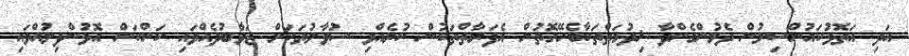
އަދި އަތޮޅުކައުންސިލުން ދެމުންގެންދާ ޚިދުމަތްތަކާބެހޭގޮތުން އެފަރާތްތަކުން ކުރެއްވި ސުވާލުތަކަށް ޖަވާބުދެއްވައި ކަންކަން އޮޅުންފިލުއްވައި